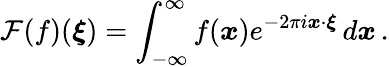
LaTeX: \mathcal{F}(f)(\boldsymbol{\xi})=\int_{-\infty}^{\infty}f(\boldsymbol{x})e^{-2\pi i\boldsymbol{x}\cdot\boldsymbol{\xi}}\, d\boldsymbol{x}\, .